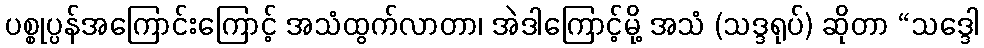
ပစ္စုပ္ပန်အကြောင်းကြောင့် အသံထွက်လာတာ၊ အဲဒါကြောင့်မို့ အသံ (သဒ္ဒရုပ်) ဆိုတာ “သဒ္ဒေါ